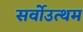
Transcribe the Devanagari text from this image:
सर्वोउत्थम